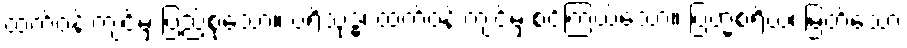
ထက်ဝန်းကျင်မှ ပြည့်စုံသော။ ပရိသုဒ္ဓံ၊ ထက်ဝန်းကျင်မှ စင်ကြယ်သော။ ဗြဟ္မစရိယံ၊ မြတ်သော